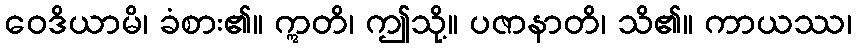
ဝေဒိယာမိ၊ ခံစား၏။ ဣတိ၊ ဤသို့။ ပဇာနာတိ၊ သိ၏။ ကာယဿ၊